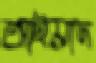
আইয়াদ